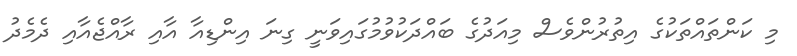
މި ކަންތައްތަކުގެ އިތުރުންވެސް މިއަދުގެ ބައްދަކުވުމުގައިވަނީ ގިނަ އިންޑިއާ އާއި ރާއްޖެއާއި ދެމެދު